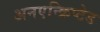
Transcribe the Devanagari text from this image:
अनएन्क्रिप्टेड